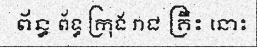
ព័ន្ធ ព័ទ្ធ ក្រុង រាជ គ្រឹះ នោះ